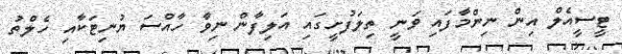
ޓީސީއެލް އިން ނިންމާފައި ވަނީ ތިލަފުށީގައި އަލިފާން ނިވާ ހާއްސަ ޔުނިޓަކާއި ހެލްތު